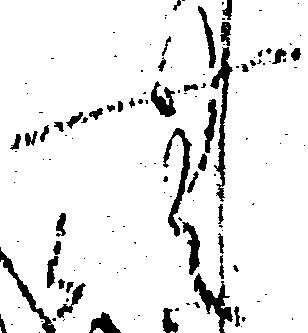
無